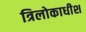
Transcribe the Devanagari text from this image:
त्रिलोकाधीश